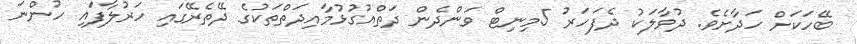
ބޭހަކަށް ހަދާށެވެ. ދުވާލަކު ދެފަހަރު 5މިނިޓް ވަންދެން ދަތްއުގުޅުމާއިދަތްތަކުގެ ދޭތެރޭގައި ހަރުލާފައި ހުންނަ